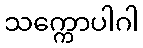
သက္ကောပါဂါ